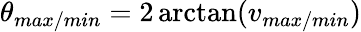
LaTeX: \theta_{max/min}=2\arctan(v_{max/min})